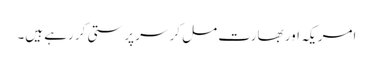
امریکہ اور بھارت مل کر سر پرستی کر رہے ہیں۔